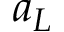
a _ { L }